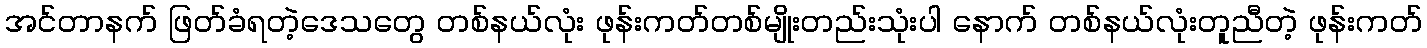
အင်တာနက် ဖြတ်ခံရတဲ့ဒေသတွေ တစ်နယ်လုံး ဖုန်းကတ်တစ်မျိုးတည်းသုံးပါ နောက် တစ်နယ်လုံးတူညီတဲ့ ဖုန်းကတ်